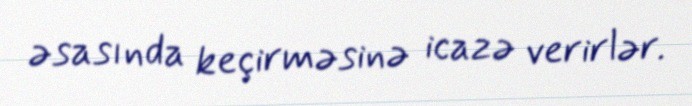
əsasında keçirməsinə icazə verirlər.